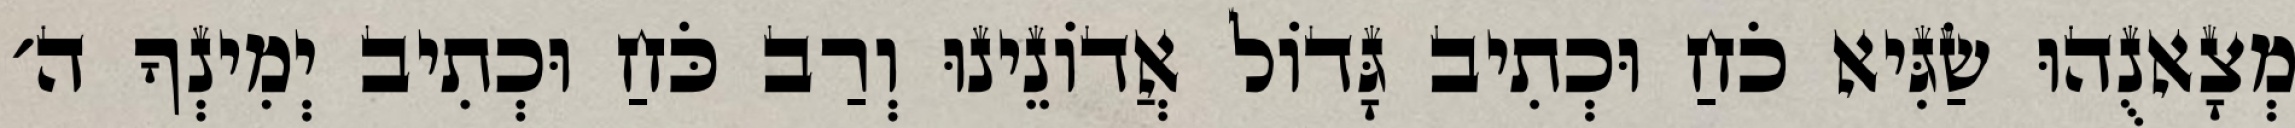
מְצָאנֻהוּ שַׂגִּיא כֹחַ וּכְתִיב גָּדוֹל אֲדוֹנֵינוּ וְרַב כֹּחַ וּכְתִיב יְמִינְךָ ה׳